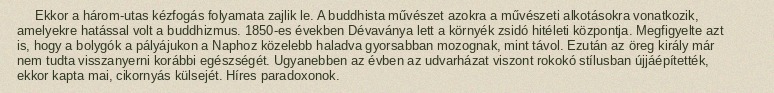
Ekkor a három-utas kézfogás folyamata zajlik le. A buddhista művészet azokra a művészeti alkotásokra vonatkozik, amelyekre hatással volt a buddhizmus. 1850-es években Dévaványa lett a környék zsidó hitéleti központja. Megfigyelte azt is, hogy a bolygók a pályájukon a Naphoz közelebb haladva gyorsabban mozognak, mint távol. Ezután az öreg király már nem tudta visszanyerni korábbi egészségét. Ugyanebben az évben az udvarházat viszont rokokó stílusban újjáépítették, ekkor kapta mai, cikornyás külsejét. Híres paradoxonok.